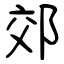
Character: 郊